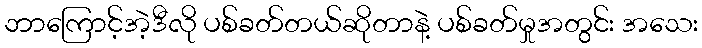
ဘာကြောင့်အဲ့ဒီလို ပစ်ခတ်တယ်ဆိုတာနဲ့ ပစ်ခတ်မှုအတွင်း အသေး